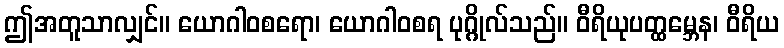
ဤအတူသာလျှင်။ ယောဂါဝစရော၊ ယောဂါဝစရ ပုဂ္ဂိုလ်သည်။ ဝီရိယုပတ္ထမ္ဘေန၊ ဝီရိယ